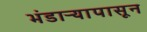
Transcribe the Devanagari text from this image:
भंडाऱ्यापासून